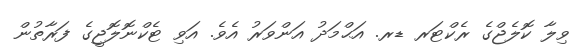
ވިލާ ކޮލެޖްގެ ރެކްޓަރ ޑރ. އަޙްމަދު އަންވަރު އެވެ. އަވި ޓެކްނޮލޮޖީގެ ފަރާތުން